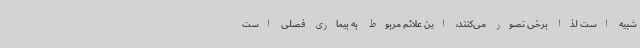
شبیه است لذا برخی تصور می‌کنند، این علائم مربوط به بیماری فصلی است